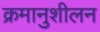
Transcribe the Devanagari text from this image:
क्रमानुशीलन